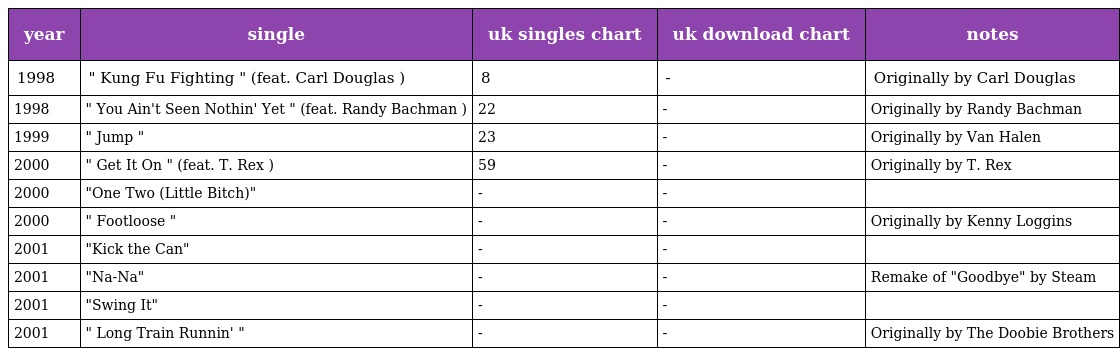
| year | single | uk singles chart | uk download chart | notes |
 | --- | --- | --- | --- | --- |
 | 1998 | " Kung Fu Fighting " (feat. Carl Douglas ) | 8 | - | Originally by Carl Douglas |
 | 1998 | " You Ain't Seen Nothin' Yet " (feat. Randy Bachman ) | 22 | - | Originally by Randy Bachman |
 | 1999 | " Jump " | 23 | - | Originally by Van Halen |
 | 2000 | " Get It On " (feat. T. Rex ) | 59 | - | Originally by T. Rex |
 | 2000 | "One Two (Little Bitch)" | - | - |  |
 | 2000 | " Footloose " | - | - | Originally by Kenny Loggins |
 | 2001 | "Kick the Can" | - | - |  |
 | 2001 | "Na-Na" | - | - | Remake of "Goodbye" by Steam |
 | 2001 | "Swing It" | - | - |  |
 | 2001 | " Long Train Runnin' " | - | - | Originally by The Doobie Brothers |